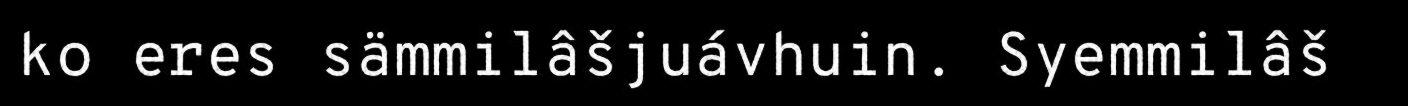
ko eres sämmilâšjuávhuin. Syemmilâš